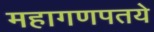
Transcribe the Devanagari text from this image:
महागणपतये